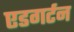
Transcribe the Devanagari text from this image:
एडगर्टन